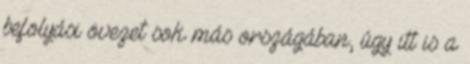
befolyási övezet sok más országában, úgy itt is a